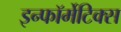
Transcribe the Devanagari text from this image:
इन्फॉर्मेटिक्स